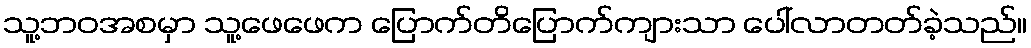
သူ့ဘဝအစမှာ သူ့ဖေဖေက ပြောက်တိပြောက်ကျားသာ ပေါ်လာတတ်ခဲ့သည်။